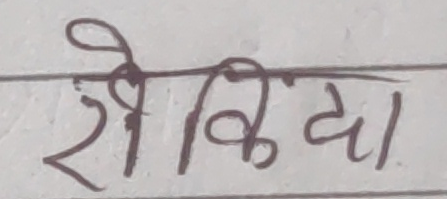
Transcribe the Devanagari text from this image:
रोकिदा